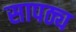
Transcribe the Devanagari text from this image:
सापठ्य